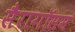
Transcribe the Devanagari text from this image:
सैरागॉसम